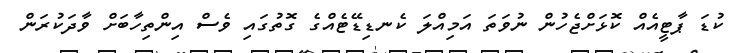
ކުޑަ ޕާޓީއެއް ކޮޅަށްޖެހުން ނުވަތަ އަމިއްލަ ކެނޑިޑޭޓެއްގެ ގޮތުގައި ވެސް އިންތިހާބަށް ވާދަކުރަން